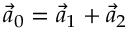
\vec { a } _ { 0 } = \vec { a } _ { 1 } + \vec { a } _ { 2 }